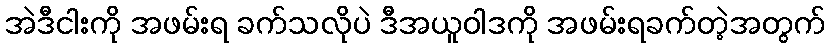
အဲဒီငါးကို အဖမ်းရ ခက်သလိုပဲ ဒီအယူဝါဒကို အဖမ်းရခက်တဲ့အတွက်